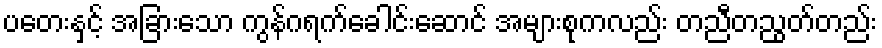
ပတေးနှင့် အခြားသော ကွန်ဂရက်ခေါင်းဆောင် အများစုကလည်း တညီတညွတ်တည်း